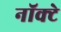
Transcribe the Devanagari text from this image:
नॉक्टे